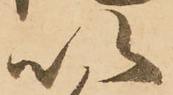
以